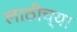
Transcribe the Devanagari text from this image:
लाठीच्या